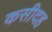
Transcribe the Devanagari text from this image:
कसीदह